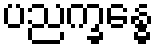
ပညက္ခန္ဓေ